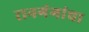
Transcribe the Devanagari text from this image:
रानगंगांचा